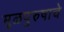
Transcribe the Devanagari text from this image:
मूळपुरुषाचे